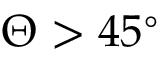
\Theta > 4 5 ^ { \circ }